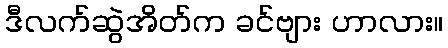
ဒီလက်ဆွဲအိတ်က ခင်ဗျား ဟာလား။